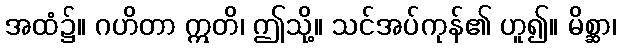
အထံ၌။ ဂဟိတာ ဣတိ၊ ဤသို့။ သင်အပ်ကုန်၏ ဟူ၍။ မိစ္ဆာ၊